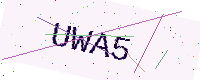
Text: UWA5